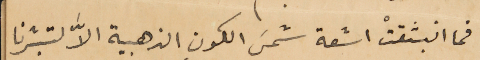
فما انبثقتْ اشعة شمسَ الكون الذهبية الاَّ لتبشرنا